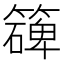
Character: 𥵔